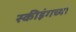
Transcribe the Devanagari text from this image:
स्कीइंगच्या